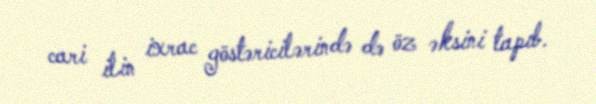
cari ilin ixrac göstəricilərində də öz əksini tapıb.